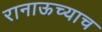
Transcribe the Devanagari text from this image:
रानाऊच्याच